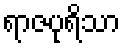
ရာဇပုရိသာ